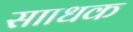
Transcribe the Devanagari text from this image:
सााधक